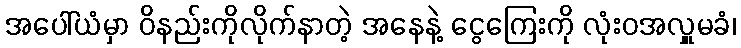
အပေါ်ယံမှာ ဝိနည်းကိုလိုက်နာတဲ့ အနေနဲ့ ငွေကြေးကို လုံးဝအလှူမခံ၊